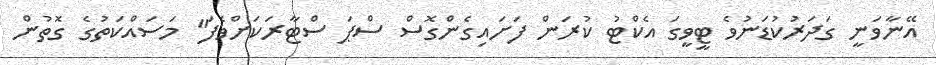
އޭނާވަނީ ގަދަރުކުޑަނުވެ ޓީވީގަ އެކްޓު ކުރަން ފަށައިގެންގޮސް ސްޕަ ސްޓާރަކަށްވެފަ" މަސައްކަތުގެ ގޮތުން